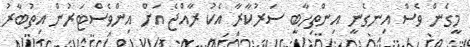
މީގެން ވެސް އިނގެނީ އިންތިހާބީ ސަރުކާރާ އެކު ރާއްޖެ އަށް އިންވެސްޓަރުން އިތުބާރު